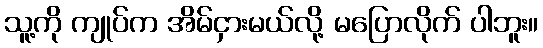
သူ့ကို ကျုပ်က အိမ်ငှားမယ်လို့ မပြောလိုက် ပါဘူး။